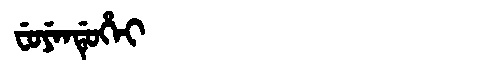
Manchu: ᠸᡠᠶᡝᠨᡩᡠᡥᡝᡳ
Romanization: FUYENDUHEI